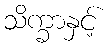
သိက္ခာနှင့်